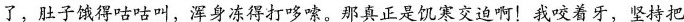
了，肚子饿得咕咕叫，浑身冻得打哆嗦。那真正是饥寒交迫啊！我咬着牙，坚持把